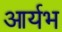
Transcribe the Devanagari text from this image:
आर्यभ